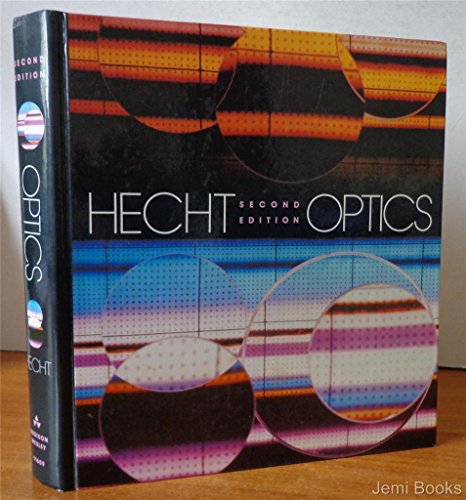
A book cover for Optics, 2nd Edition; Eugene Hecht; Science & Math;